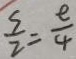
\frac { s } { 2 } = \frac { e } { 4 }